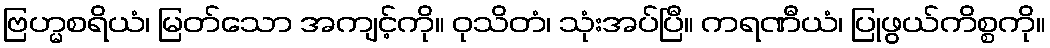
ဗြဟ္မစရိယံ၊ မြတ်သော အကျင့်ကို။ ဝုသိတံ၊ သုံးအပ်ပြီ။ ကရဏီယံ၊ ပြုဖွယ်ကိစ္စကို။